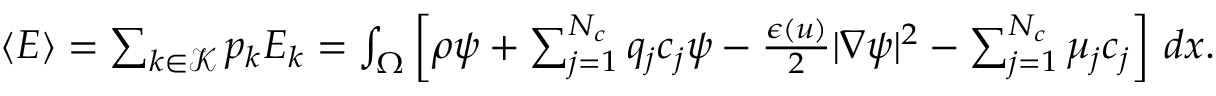
\begin{array} { r } { \langle E \rangle = \sum _ { k \in \mathcal K } p _ { k } E _ { k } = \int _ { \Omega } \left[ \rho \psi + \sum _ { j = 1 } ^ { N _ { c } } q _ { j } c _ { j } \psi - \frac { \epsilon ( u ) } { 2 } | \nabla \psi | ^ { 2 } - \sum _ { j = 1 } ^ { N _ { c } } \mu _ { j } c _ { j } \right] \, d x . } \end{array}